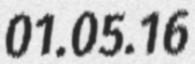
01.05.16